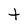
Character: t